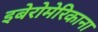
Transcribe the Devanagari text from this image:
इबेरोमेरिकाना